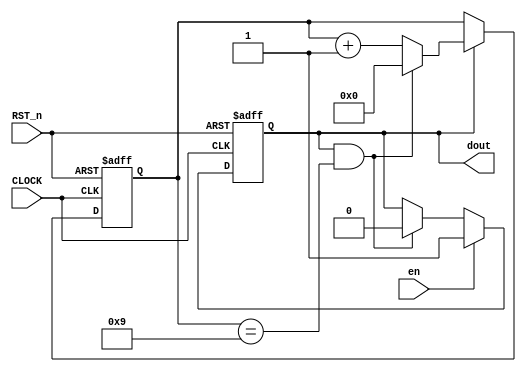
module counter_10clk
(
   CLOCK, RST_n,
	en,
	dout
);

   input CLOCK, RST_n;   //
	input en;             //
	output reg dout;          //

parameter counter_value= 4'd10;  //


reg [7:0] cnt;
wire add_cnt,end_cnt;


always @ ( posedge CLOCK or negedge RST_n )
	    if( !RST_n )
		       begin
				    cnt <= 0;
				 end
		else if(add_cnt)
			begin
		        if(end_cnt)
		        	cnt <= 0;
		        else
		        	cnt <= cnt + 1;
		    end
always @ ( posedge CLOCK or negedge RST_n )
	    if( !RST_n )
		   begin
				   dout <= 1;
		   end
		else if(en)
			begin
		         dout <= 1;
		    end
		else if(end_cnt)
		   begin
		        	dout <= 0;
		   end
		    
assign add_cnt = dout == 1'b1;
assign end_cnt = add_cnt && cnt == counter_value-1;

endmodule